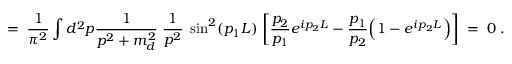
= \; \frac { 1 } { \pi ^ { 2 } } \int d ^ { 2 } p \frac { 1 } { p ^ { 2 } + m _ { d } ^ { 2 } } \; \frac { 1 } { p ^ { 2 } } \; \sin ^ { 2 } ( p _ { 1 } L ) \; \bigg [ \frac { p _ { 2 } } { p _ { 1 } } e ^ { i p _ { 2 } L } - \frac { p _ { 1 } } { p _ { 2 } } \Big ( 1 - e ^ { i p _ { 2 } L } \Big ) \bigg ] \; = \; 0 \; .